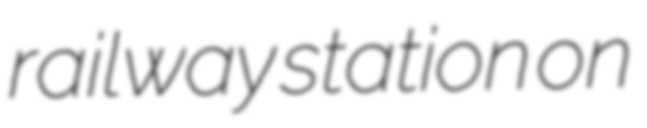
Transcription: railway station on